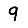
Digit: 9